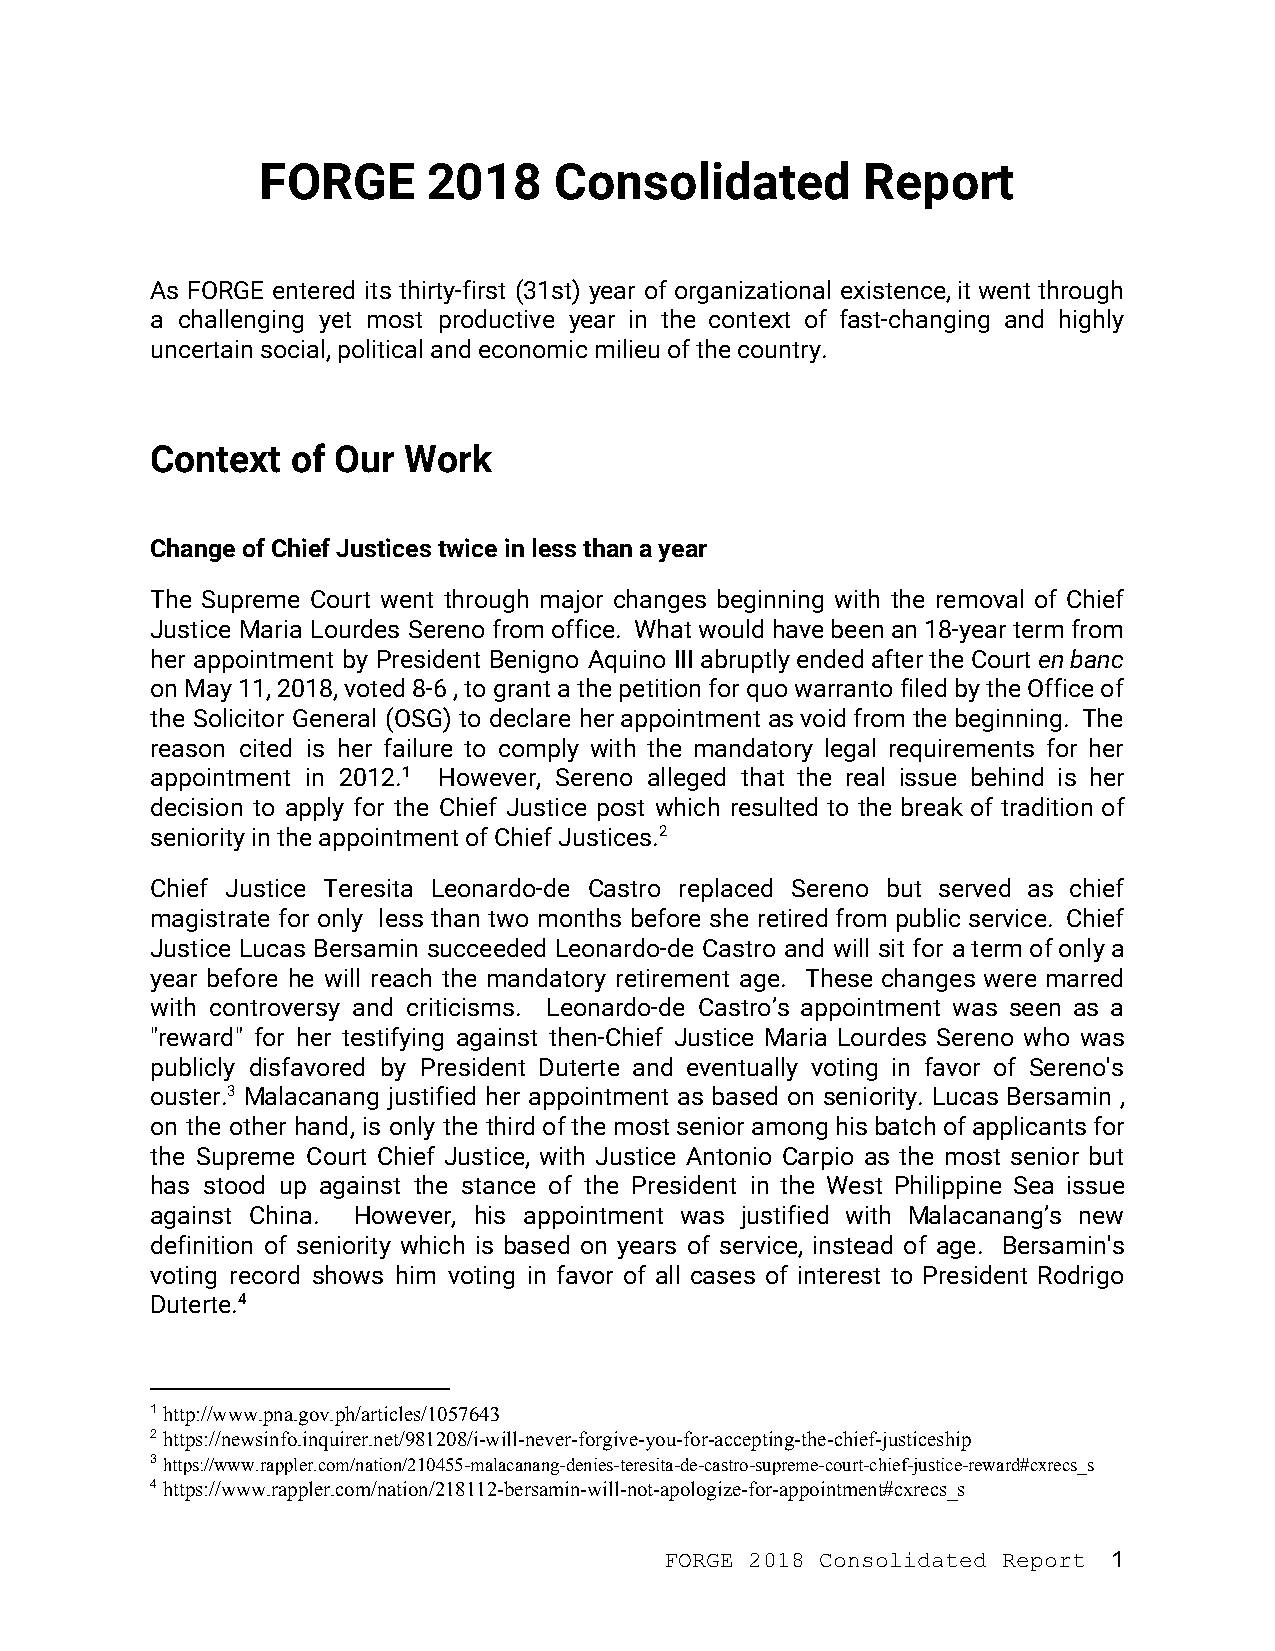
FORGE      2018     Consolidated        Report
 As FORGE entered its thirty-first (31st) year of organizational existence, it went through
 a challenging yet most productive year in the context of fast-changing and highly
 uncertain social, political and economic milieu of the country.
 Context  of Our  Work
 Change of Chief Justices twice in less than a year
 The Supreme Court went through major changes beginning with the removal of Chief
 Justice Maria Lourdes Sereno from office. What would have been an 18-year term from
 her appointment by President Benigno Aquino III abruptly ended after the Court ​en banc
 on May 11, 2018, voted 8-6 , to grant a the petition for quo warranto filed by the Office of
 the Solicitor General (OSG) to declare her appointment as void from the beginning. The
 reason cited is her failure to comply with the mandatory legal requirements for her
 appointment in 2012.1 However, Sereno alleged that the real issue behind is her
 decision to apply for the Chief Justice post which resulted to the break of tradition of
 seniority in the appointment of Chief Justices.2
 Chief Justice Teresita Leonardo-de Castro replaced Sereno but served as chief
 magistrate for only less than two months before she retired from public service. Chief
 Justice Lucas Bersamin succeeded Leonardo-de Castro and will sit for a term of only a
 year before he will reach the mandatory retirement age. These changes were marred
 with controversy and criticisms. Leonardo-de Castro’s appointment was seen as a
 "reward" for her testifying against then-Chief Justice Maria Lourdes Sereno who was
 publicly disfavored by President Duterte and eventually voting in favor of Sereno's
 ouster.3 Malacanang justified her appointment as based on seniority. Lucas Bersamin ,
 on the other hand, is only the third of the most senior among his batch of applicants for
 the Supreme Court Chief Justice, with Justice Antonio Carpio as the most senior but
 has stood up against the stance of the President in the West Philippine Sea issue
 against China. However, his appointment was justified with Malacanang’s new
 definition of seniority which is based on years of service, instead of age. Bersamin's
 voting record shows him voting in favor of all cases of interest to President Rodrigo
 Duterte.4
 1 http://www.pna.gov.ph/articles/1057643
 ​
 2 https://newsinfo.inquirer.net/981208/i-will-never-forgive-you-for-accepting-the-chief-justiceship
 ​
 3 https://www.rappler.com/nation/210455-malacanang-denies-teresita-de-castro-supreme-court-chief-justice-reward#cxrecs_s
 ​
 4 https://www.rappler.com/nation/218112-bersamin-will-not-apologize-for-appointment#cxrecs_s
 ​
 FORGE 2018 Consolidated Report 1
 ​